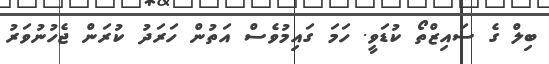
ބިލް ގެ ސައިޒްތޯ ކުޑަވީ. ހަމަ ގައިމުވެސް އަތުން ހަރަދު ކުރަން ޖެހުނުވަރު